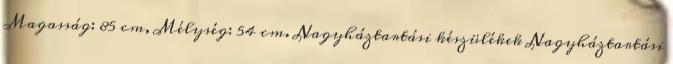
Magasság: 85 cm, Mélység: 54 cm. Nagyháztartási készülékek Nagyháztartási